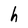
Character: h